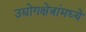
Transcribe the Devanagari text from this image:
उद्योगक्षेत्रांमध्ये